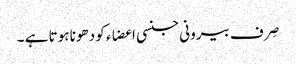
صِرف بیرونی جنسی اعضاء کو دھونا ہوتا ہے ۔